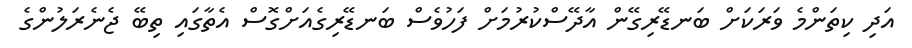
އަދި ކިތަންމެ ވަރަކަށް ބަނޑޭރިގޭން އާދޭސްކުރުމަށް ފަހުވެސް ބަނޑޭރިގެއަށްގޮސް އެތާގައި ތިބޭ ޖެނެރަލުންގެ